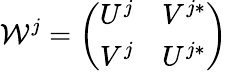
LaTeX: \mathcal{W}^{j}=\left(\begin{array}{ll}{U^{j}}&{V^{j*}}\\ {V^{j}}&{U^{j*}}\end{array}\right)